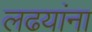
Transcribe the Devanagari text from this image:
लढयांना